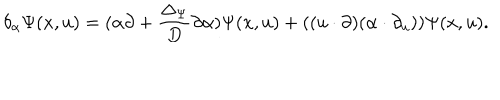
LaTeX: \delta _ { \alpha } \Psi ( x , u ) = ( \alpha \partial + \frac { \Delta _ { \Psi } } { D } \partial \alpha ) \Psi ( x , u ) + ( ( u \cdot \partial ) ( \alpha \cdot \partial _ { u } ) ) \Psi ( x , u ) .